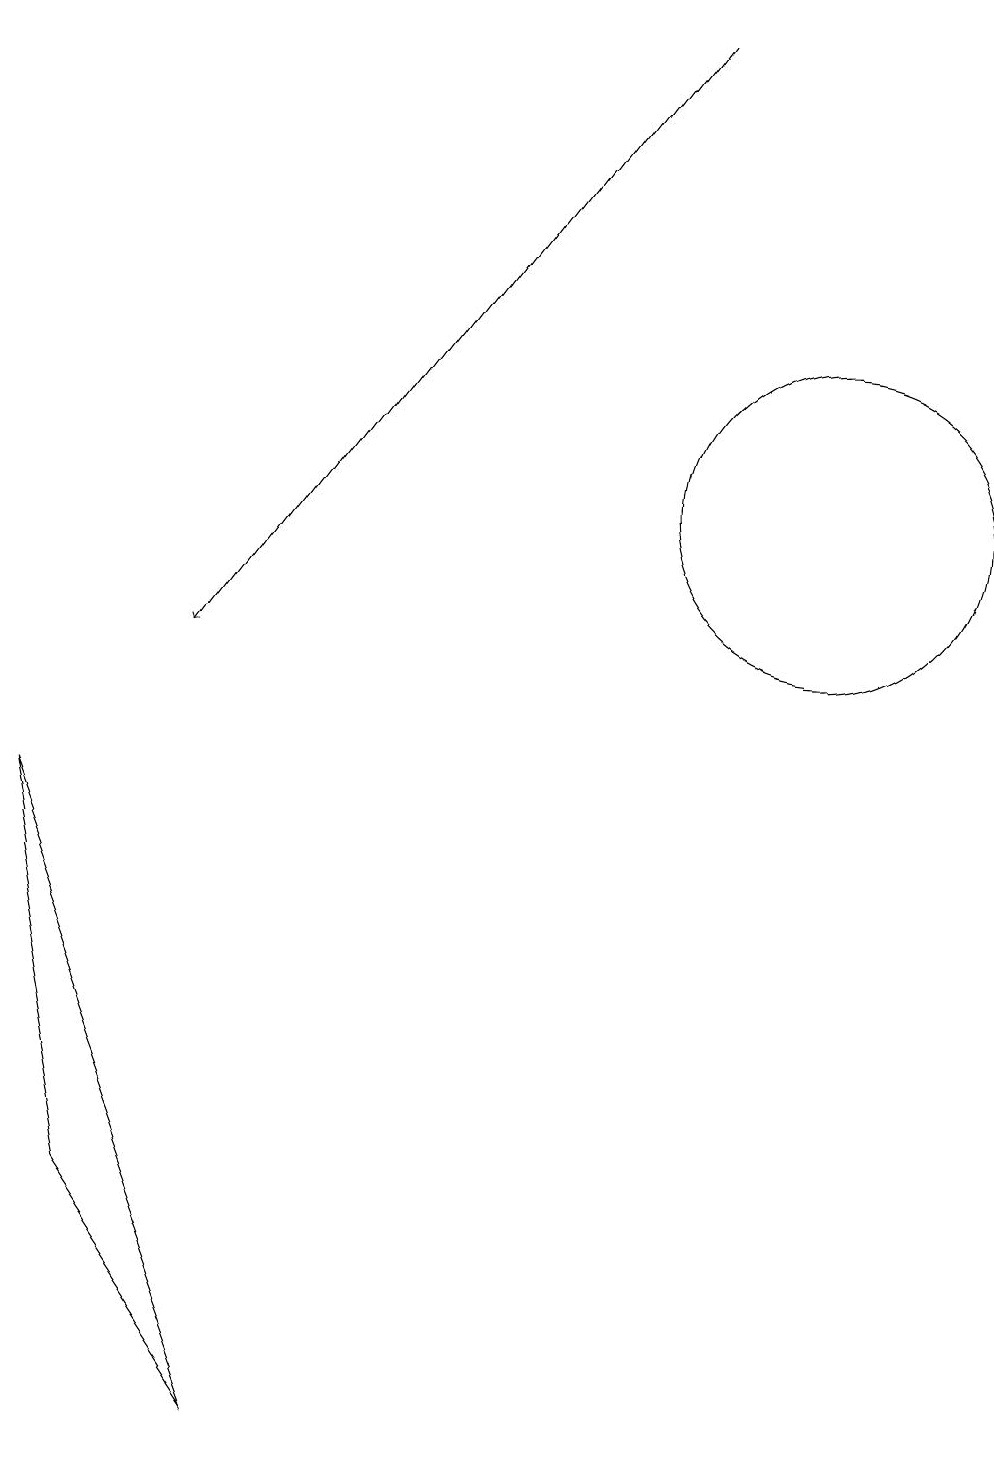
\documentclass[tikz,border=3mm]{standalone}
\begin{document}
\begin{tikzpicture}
\draw[->] (8,18) -- (2,10);
\draw (0,8) -- (3,0) -- (1,3) -- cycle;
\draw (10,12) circle (2);
\draw (11,10) circle (0);
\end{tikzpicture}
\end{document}